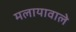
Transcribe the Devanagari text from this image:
मलायावाले